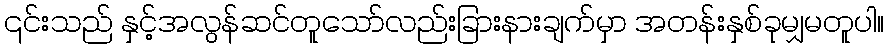
၎င်းသည် နှင့်အလွန်ဆင်တူသော်လည်းခြားနားချက်မှာ အတန်းနှစ်ခုမျှမတူပါ။